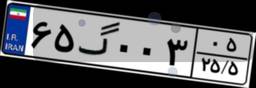
۳۱گ۷۹۷۷۵